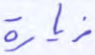
زيارة